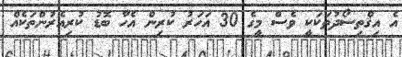
އެ އިޤްތިސޯދުތަކަކީ ވެސް މީގެ 30 އަހަރު ކުރިން އެހާ ބޮޑު ކުރިއެރުންތަކެއް